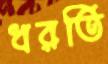
ধরতি